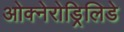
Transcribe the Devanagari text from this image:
ओक्नेरोड्रिलिडे